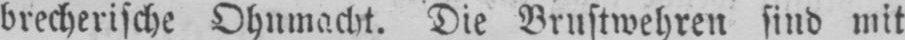
brecherische Ohnmacht. Die Brustwehren sind mit